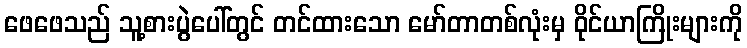
ဖေဖေသည် သူ့စားပွဲပေါ်တွင် တင်ထားသော မော်တာတစ်လုံးမှ ဝိုင်ယာကြိုးများကို